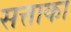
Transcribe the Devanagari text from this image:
सत्ताका